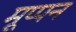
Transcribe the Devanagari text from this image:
मूप्पन